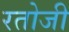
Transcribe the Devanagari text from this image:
रतोजी